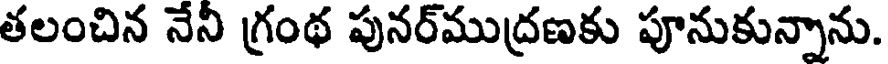
తలంచిన నేని గ్రంథ పునర్ముద్రణకు పూనుకున్నాను.